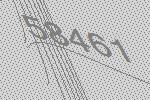
58461